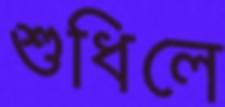
শুধিলে